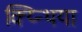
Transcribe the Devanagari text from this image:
क्य्न्थिया